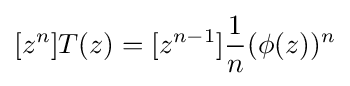
[z^{n}]T(z)=[z^{n-1}]{\frac {1}{n}}(\phi (z))^{n}